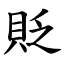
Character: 貶